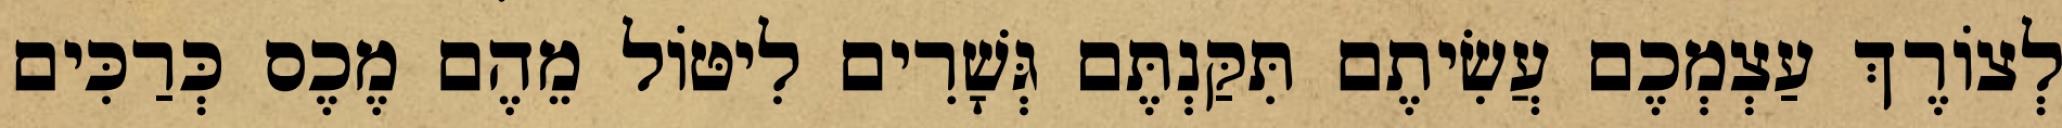
לְצוֹרֶךְ עַצְמְכֶם עֲשִׂיתֶם תִּקַּנְתֶּם גְּשָׁרִים לִיטּוֹל מֵהֶם מֶכֶס כְּרַכִּים